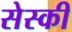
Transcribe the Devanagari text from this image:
सेस्की